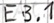
Text: E3.1